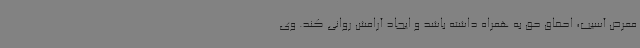
معرض آسیب، احقاق حق به همراه داشته باشد و ایجاد آرامش روانی کند. وی